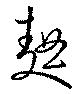
麯